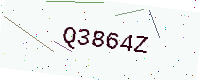
Text: Q3864Z